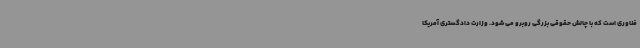
فناوری است که با چالش حقوقی بزرگی روبرو می شود. وزارت دادگستری آمریکا